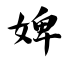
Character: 婢